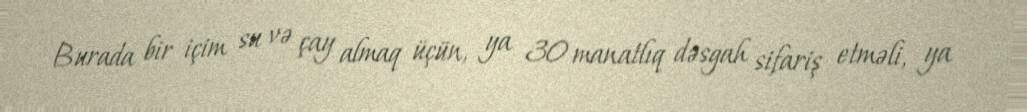
Burada bir içim su və çay almaq üçün, ya 30 manatlıq dəsgah sifariş etməli, ya